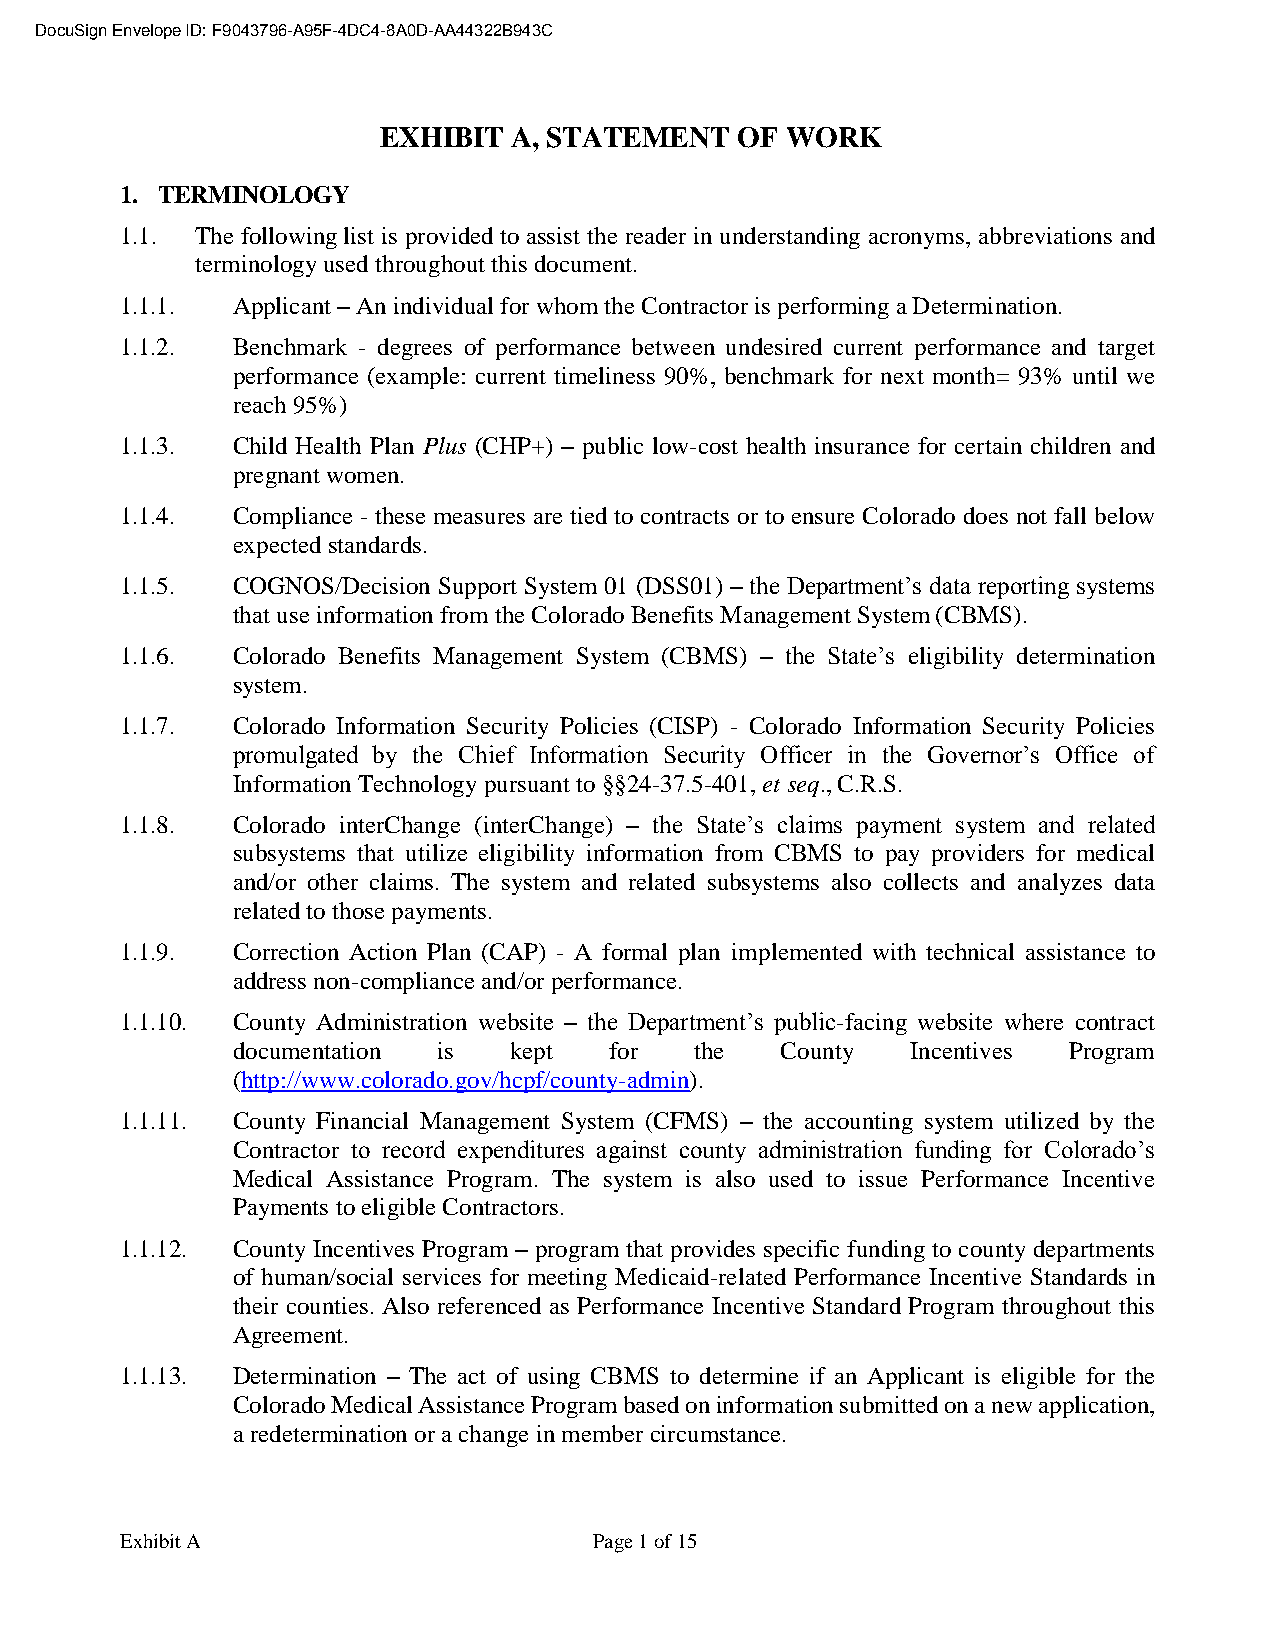
DocuSign Envelope ID: F9043796-A95F-4DC4-8A0D-AA44322B943C
 EXHIBIT  A, STATEMENT   OF WORK
 1. TERMINOLOGY
 1.1. The following list is provided to assist the reader in understanding acronyms, abbreviations and
 terminology used throughout this document.
 1.1.1. Applicant – An individual for whom the Contractor is performing a Determination.
 1.1.2. Benchmark - degrees of performance between undesired current performance and target
 performance (example: current timeliness 90%, benchmark for next month= 93% until we
 reach 95%)
 1.1.3. Child Health Plan Plus (CHP+) – public low-cost health insurance for certain children and
 pregnant women.
 1.1.4. Compliance - these measures are tied to contracts or to ensure Colorado does not fall below
 expected standards.
 1.1.5. COGNOS/Decision Support System 01 (DSS01) – the Department’s data reporting systems
 that use information from the Colorado Benefits Management System (CBMS).
 1.1.6. Colorado Benefits Management System (CBMS) – the State’s eligibility determination
 system.
 1.1.7. Colorado Information Security Policies (CISP) - Colorado Information Security Policies
 promulgated by the Chief Information Security Officer in the Governor’s Office of
 Information Technology pursuant to §§24-37.5-401, et seq., C.R.S.
 1.1.8. Colorado interChange (interChange) – the State’s claims payment system and related
 subsystems that utilize eligibility information from CBMS to pay providers for medical
 and/or other claims. The system and related subsystems also collects and analyzes data
 related to those payments.
 1.1.9. Correction Action Plan (CAP) - A formal plan implemented with technical assistance to
 address non-compliance and/or performance.
 1.1.10. County Administration website – the Department’s public-facing website where contract
 documentation is   kept  for   the   County  Incentives Program
 (http://www.colorado.gov/hcpf/county-admin).
 1.1.11. County Financial Management System (CFMS) – the accounting system utilized by the
 Contractor to record expenditures against county administration funding for Colorado’s
 Medical Assistance Program. The system is also used to issue Performance Incentive
 Payments to eligible Contractors.
 1.1.12. County Incentives Program – program that provides specific funding to county departments
 of human/social services for meeting Medicaid-related Performance Incentive Standards in
 their counties. Also referenced as Performance Incentive Standard Program throughout this
 Agreement.
 1.1.13. Determination – The act of using CBMS to determine if an Applicant is eligible for the
 Colorado Medical Assistance Program based on information submitted on a new application,
 a redetermination or a change in member circumstance.
 Exhibit A                      Page 1 of 15